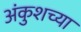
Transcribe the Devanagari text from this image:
अंकुशच्या